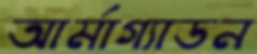
আর্মাগ্যাডন